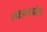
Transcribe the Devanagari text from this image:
लाइनडांस